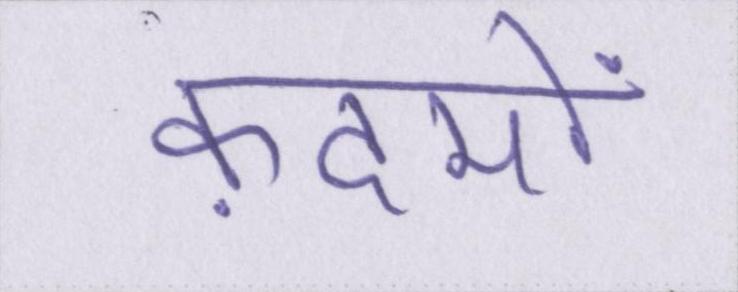
क़दमों